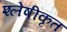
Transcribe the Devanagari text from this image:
श्लेषीकृत